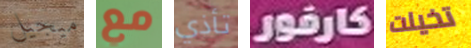
ميجيل مع تأذي كارفور تخيلت